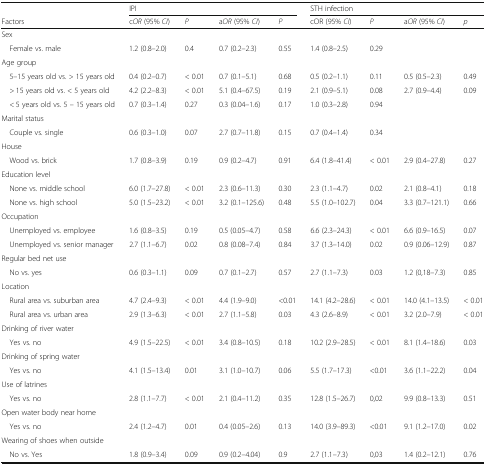
<table><thead><tr><td>[EMPTY_CELL]</td><td colspan="4"><b>IPI</b></td><td colspan="4"><b>STH infection</b></td></tr><tr><td><b>Factors</b></td><td><b>c<i>OR</i> (95% <i>CI</i>)</b></td><td><b><i>P</i></b></td><td><b>a<i>OR</i> (95% <i>CI</i>)</b></td><td><b><i>P</i></b></td><td><b>cOR (95% <i>CI</i>)</b></td><td><b><i>P</i></b></td><td><b>a<i>OR</i> (95% <i>CI</i>)</b></td><td><b><i>p</i></b></td></tr></thead><tbody><tr><td colspan="9">Sex</td></tr><tr><td> Female vs. male</td><td>1.2 (0.8–2.0)</td><td>0.4</td><td>0.7 (0.2–2.3)</td><td>0.55</td><td>1.4 (0.8–2.5)</td><td>0.29</td><td>[EMPTY_CELL]</td><td>[EMPTY_CELL]</td></tr><tr><td colspan="9">Age group</td></tr><tr><td> 5–15 years old vs. &gt; 15 years old</td><td>0.4 (0.2–0.7)</td><td>&lt; 0.01</td><td>0.7 (0.1–5.1)</td><td>0.68</td><td>0.5 (0.2–1.1)</td><td>0.11</td><td>0.5 (0.5–2.3)</td><td>0.49</td></tr><tr><td> &gt; 15 years old vs. &lt; 5 years old</td><td>4.2 (2.2–8.3)</td><td>&lt; 0.01</td><td>5.1 (0.4–67.5)</td><td>0.19</td><td>2.1 (0.9–5.1)</td><td>0.08</td><td>2.7 (0.9–4.4)</td><td>0.09</td></tr><tr><td> &lt; 5 years old vs. 5 – 15 years old</td><td>0.7 (0.3–1.4)</td><td>0.27</td><td>0.3 (0.04–1.6)</td><td>0.17</td><td>1.0 (0.3–2.8)</td><td>0.94</td><td>[EMPTY_CELL]</td><td>[EMPTY_CELL]</td></tr><tr><td colspan="9">Marital status</td></tr><tr><td> Couple vs. single</td><td>0.6 (0.3–1.0)</td><td>0.07</td><td>2.7 (0.7–11.8)</td><td>0.15</td><td>0.7 (0.4–1.4)</td><td>0.34</td><td>[EMPTY_CELL]</td><td>[EMPTY_CELL]</td></tr><tr><td colspan="9">House</td></tr><tr><td> Wood vs. brick</td><td>1.7 (0.8–3.9)</td><td>0.19</td><td>0.9 (0.2–4.7)</td><td>0.91</td><td>6.4 (1.8–41.4)</td><td>&lt; 0.01</td><td>2.9 (0.4–27.8)</td><td>0.27</td></tr><tr><td colspan="9">Education level</td></tr><tr><td> None vs. middle school</td><td>6.0 (1.7–27.8)</td><td>&lt; 0.01</td><td>2.3 (0.6–11.3)</td><td>0.30</td><td>2.3 (1.1–4.7)</td><td>0.02</td><td>2.1 (0.8–4.1)</td><td>0.18</td></tr><tr><td> None vs. high school</td><td>5.0 (1.5–23.2)</td><td>&lt; 0.01</td><td>3.2 (0.1–125.6)</td><td>0.48</td><td>5.5 (1.0–102.7)</td><td>0.04</td><td>3.3 (0.7–121.1)</td><td>0.66</td></tr><tr><td colspan="9">Occupation</td></tr><tr><td> Unemployed vs. employee</td><td>1.6 (0.8–3.5)</td><td>0.19</td><td>0.5 (0.05–4.7)</td><td>0.58</td><td>6.6 (2.3–24.3)</td><td>&lt; 0.01</td><td>6.6 (0.9–16.5)</td><td>0.07</td></tr><tr><td> Unemployed vs. senior manager</td><td>2.7 (1.1–6.7)</td><td>0.02</td><td>0.8 (0.08–7.4)</td><td>0.84</td><td>3.7 (1.3–14.0)</td><td>0.02</td><td>0.9 (0.06–12.9)</td><td>0.87</td></tr><tr><td colspan="9">Regular bed net use</td></tr><tr><td> No vs. yes</td><td>0.6 (0.3–1.1)</td><td>0.09</td><td>0.7 (0.1–2.7)</td><td>0.57</td><td>2.7 (1.1–7.3)</td><td>0.03</td><td>1.2 (0,18–7.3)</td><td>0.85</td></tr><tr><td colspan="9">Location</td></tr><tr><td> Rural area vs. suburban area</td><td>4.7 (2.4–9.3)</td><td>&lt; 0.01</td><td>4.4 (1.9–9.0)</td><td>&lt;0.01</td><td>14.1 (4.2–28.6)</td><td>&lt; 0.01</td><td>14.0 (4.1–13.5)</td><td>&lt; 0.01</td></tr><tr><td> Rural area vs. urban area</td><td>2.9 (1.3–6.3)</td><td>&lt; 0.01</td><td>2.7 (1.1–5.8)</td><td>0.03</td><td>4.3 (2.6–8.9)</td><td>&lt; 0.01</td><td>3.2 (2.0–7.9)</td><td>&lt; 0.01</td></tr><tr><td colspan="9">Drinking of river water</td></tr><tr><td> Yes vs. no</td><td>4.9 (1.5–22.5)</td><td>&lt; 0.01</td><td>3.4 (0.8–10.5)</td><td>0.18</td><td>10.2 (2.9–28.5)</td><td>&lt; 0.01</td><td>8.1 (1.4–18.6)</td><td>0.03</td></tr><tr><td colspan="9">Drinking of spring water</td></tr><tr><td> Yes vs. no</td><td>4.1 (1.5–13.4)</td><td>0.01</td><td>3.1 (1.0–10.7)</td><td>0.06</td><td>5.5 (1.7–17.3)</td><td>&lt;0.01</td><td>3.6 (1.1–22.2)</td><td>0.04</td></tr><tr><td colspan="9">Use of latrines</td></tr><tr><td> Yes vs. no</td><td>2.8 (1.1–7.7)</td><td>&lt; 0.01</td><td>2.1 (0.4–11.2)</td><td>0.35</td><td>12.8 (1.5–26.7)</td><td>0,02</td><td>9.9 (0.8–13.3)</td><td>0.51</td></tr><tr><td colspan="9">Open water body near home</td></tr><tr><td> Yes vs. no</td><td>2.4 (1.2–4.7)</td><td>0.01</td><td>0.4 (0.05–2.6)</td><td>0.13</td><td>14.0 (3.9–89.3)</td><td>&lt;0.01</td><td>9.1 (1.2–17.0)</td><td>0.02</td></tr><tr><td colspan="9">Wearing of shoes when outside</td></tr><tr><td> No vs. Yes</td><td>1.8 (0.9–3.4)</td><td>0.09</td><td>0.9 (0.2–4.04)</td><td>0.9</td><td>2.7 (1.1–7.3)</td><td>0,03</td><td>1.4 (0.2–12.1)</td><td>0.76</td></tr></tbody></table>